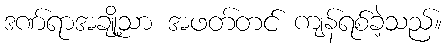
ဒဏ်ရာအချို့သာ အဖတ်တင် ကျန်ရစ်ခဲ့သည်။